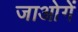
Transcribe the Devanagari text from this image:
जाओगें